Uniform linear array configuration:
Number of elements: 48
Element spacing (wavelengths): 0.75
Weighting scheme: uniform
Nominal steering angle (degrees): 45
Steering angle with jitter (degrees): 46.48
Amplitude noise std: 0.05
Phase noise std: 0.05

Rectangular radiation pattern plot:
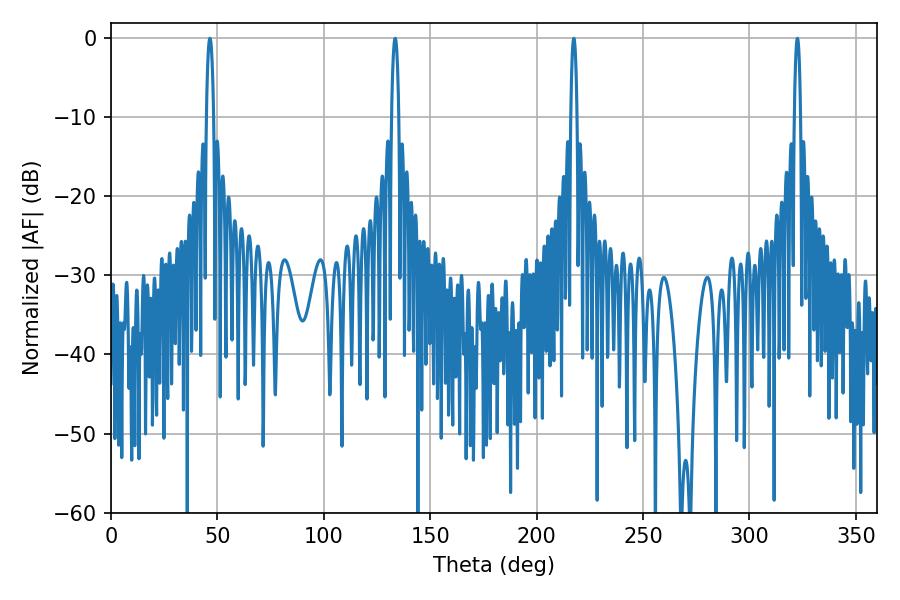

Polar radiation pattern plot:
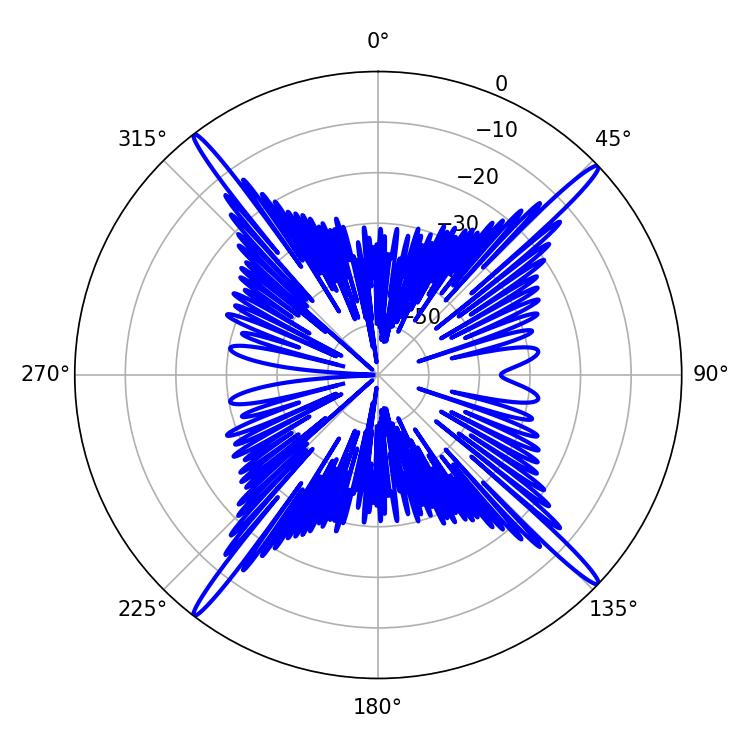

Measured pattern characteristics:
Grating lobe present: TRUE
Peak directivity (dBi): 20.966
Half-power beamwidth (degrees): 1.62
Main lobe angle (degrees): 217.44